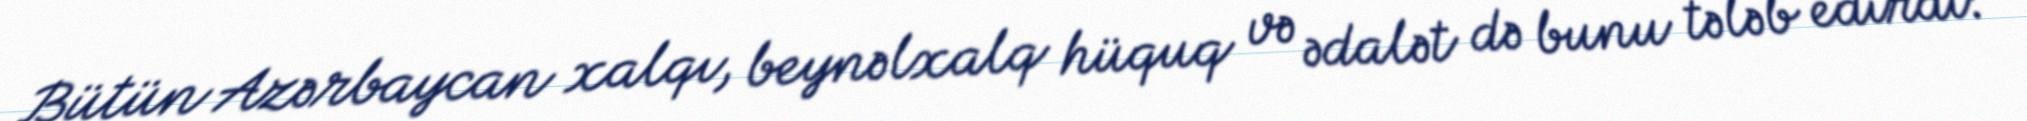
Bütün Azərbaycan xalqı, beynəlxalq hüquq və ədalət də bunu tələb edirdi: